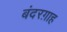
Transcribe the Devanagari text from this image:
बंदरग़ाह